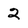
Character: 2